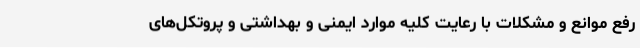
رفع موانع و مشکلات با رعایت کلیه موارد ایمنی و بهداشتی و پروتکل‌های